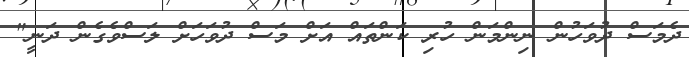
ދެމަސް ދުވަހުން ނިންމަން ހުރި ކަންތައް އަށް މަސް ދުވަހަށް ލަސްވެގެން ދަނީ"